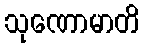
သုဏောမာတိ